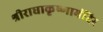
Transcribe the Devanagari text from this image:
श्रीराधाकृष्णामंदिर